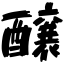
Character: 醸